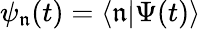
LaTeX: \psi_{\mathfrak{n}}(t)=\langle\mathfrak{n}|\Psi(t)\rangle